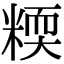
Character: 𥻟